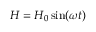
H = H _ { 0 } \sin ( \omega t )